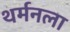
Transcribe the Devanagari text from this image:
थर्मनला